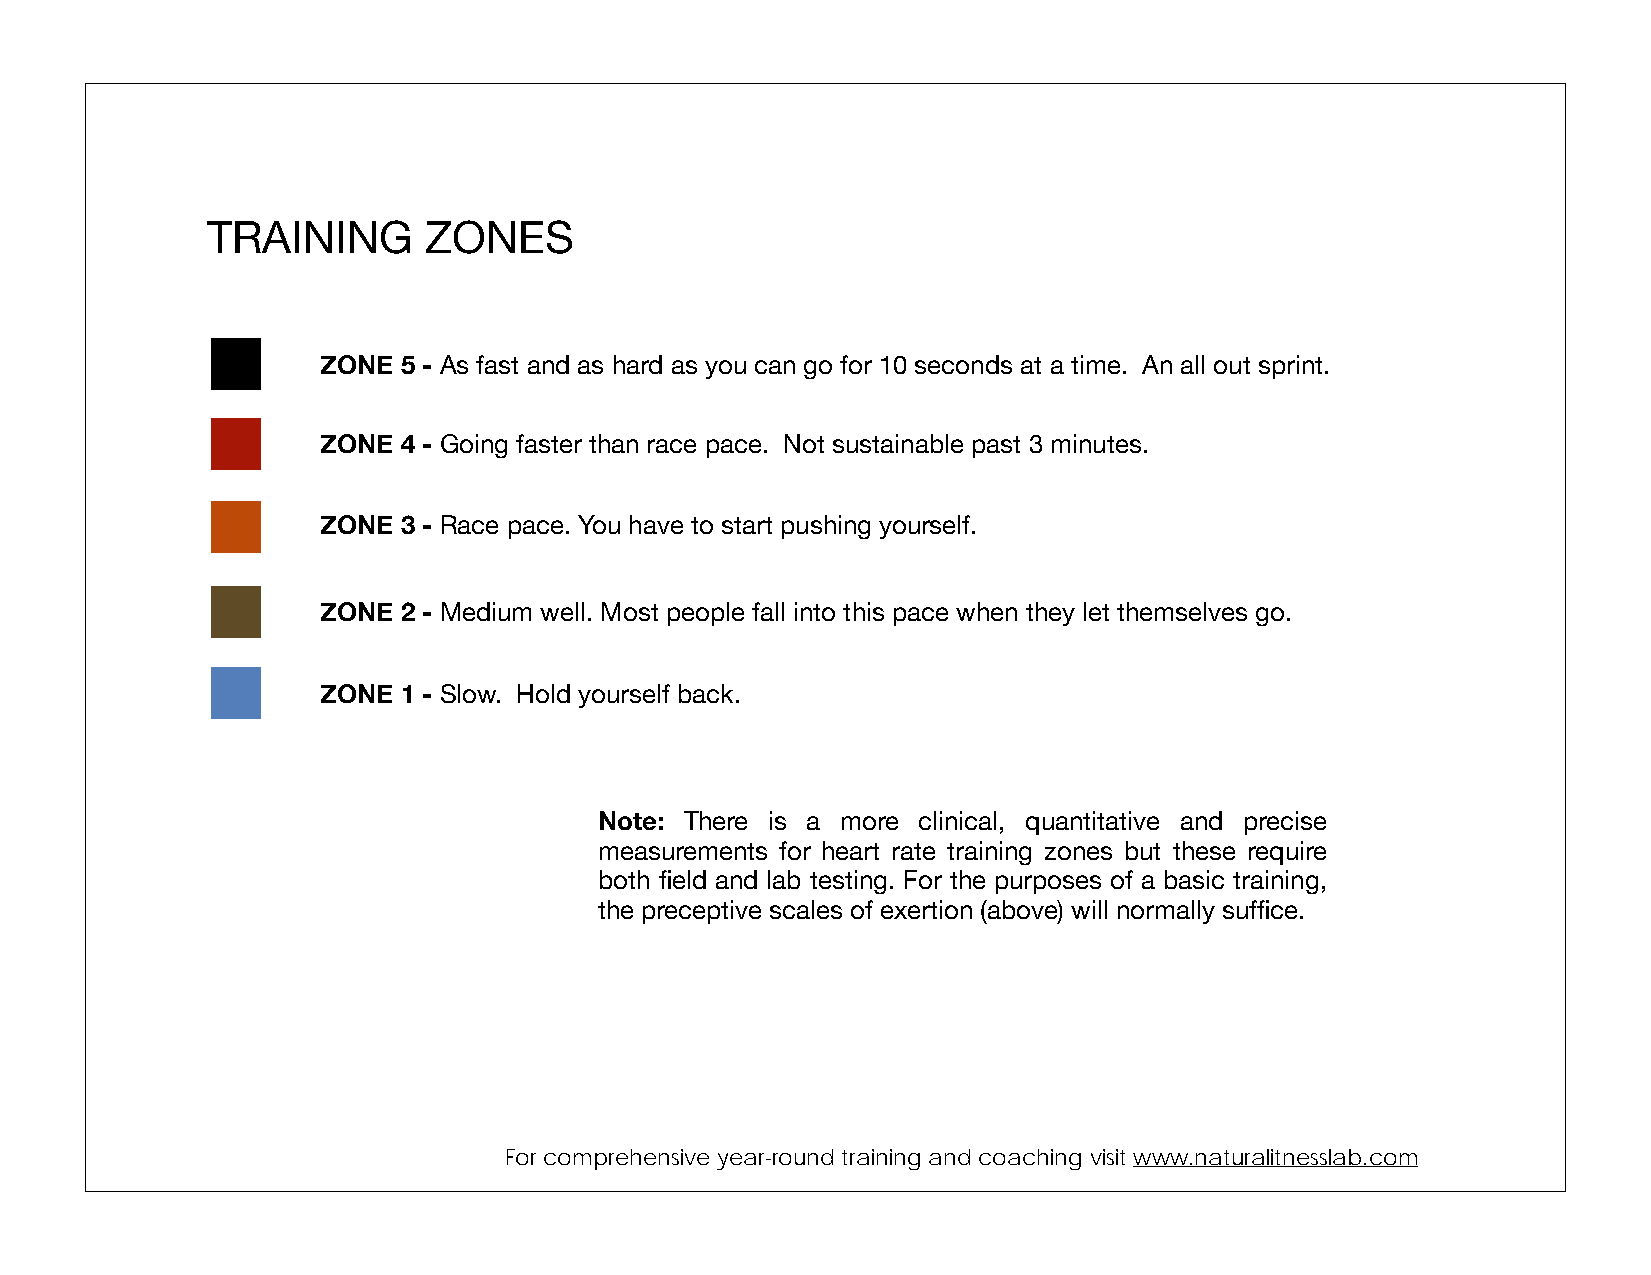
TRAINING      ZONES
 ZONE  5 - As fast and as hard as you can go for 10 seconds at a time. An all out sprint.
 ZONE  4 - Going faster than race pace. Not sustainable past 3 minutes.
 ZONE  3 - Race pace. You have to start pushing yourself.
 ZONE  2 - Medium well. Most people fall into this pace when they let themselves go.
 ZONE  1 - Slow. Hold yourself back.
 Note: There is a more clinical, quantitative and precise
 measurements for heart rate training zones but these require
 both field and lab testing. For the purposes of a basic training,
 the preceptive scales of exertion (above) will normally suffice.
 For comprehensive year-round training and coaching visit www.naturalitnesslab.com